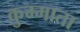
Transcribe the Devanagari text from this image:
कुम्माता